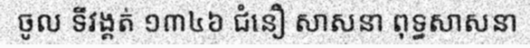
ចូល ទីវង្គត់ ១៣៤៦ ជំនឿ សាសនា ពុទ្ធសាសនា